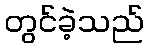
တွင်ခဲ့သည်